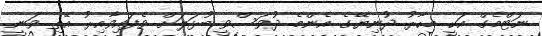
ނަޓްމެގް އަކީ މިހާރު ދުނިޔޭގެ އެންމެ ދުވަސްވީ ބުޅަލަށް ވެފައިވާއިރު އޭތި ވަނީ